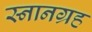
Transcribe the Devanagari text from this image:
स्नानग्रह